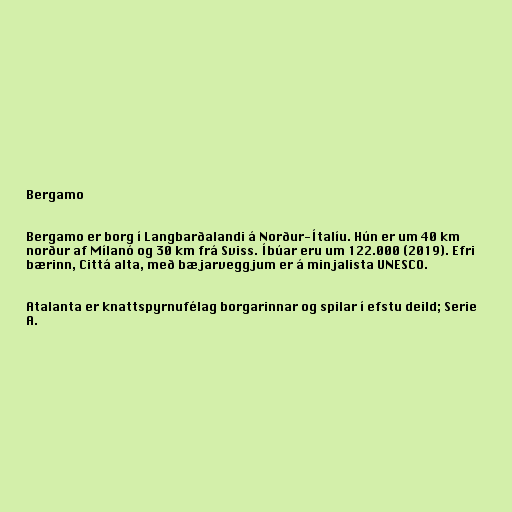
Bergamo

Bergamo er borg í Langbarðalandi á Norður-Ítalíu. Hún er um 40 km
norður af Mílanó og 30 km frá Sviss. Íbúar eru um 122.000 (2019). Efri
bærinn, Cittá alta, með bæjarveggjum er á minjalista UNESCO.

Atalanta er knattspyrnufélag borgarinnar og spilar í efstu deild; Serie
A.